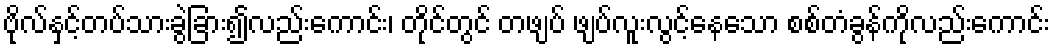
ဗိုလ်နှင့်တပ်သားခွဲခြား၍လည်းကောင်း၊ တိုင်တွင် တဖျပ် ဖျပ်လူးလွင့်နေသော စစ်တံခွန်ကိုလည်းကောင်း